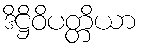
ဒိဋ္ဌိဝိပတ္တိယာ